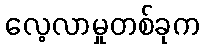
လေ့လာမှုတစ်ခုက